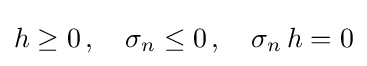
h\geq 0\,,\quad \sigma _{n}\leq 0\,,\quad \sigma _{n}\,h=0